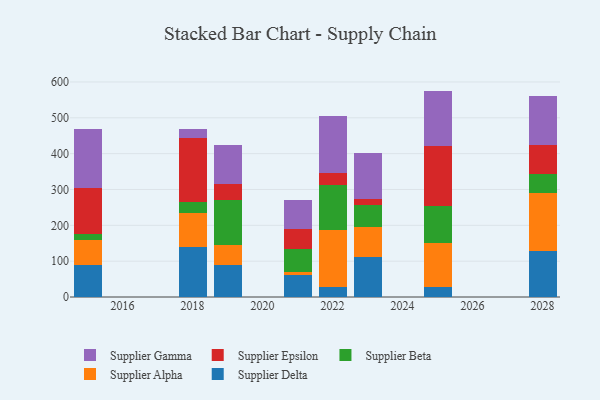
{"axis": {"x": "Year", "y": "Inventory Turnover"}, "legend": ["Supplier Alpha", "Supplier Beta", "Supplier Delta", "Supplier Epsilon", "Supplier Gamma"], "data": [{"x": "2022", "y": 26.6, "type": "Supplier Delta"}, {"x": "2022", "y": 160.8, "type": "Supplier Alpha"}, {"x": "2022", "y": 124.1, "type": "Supplier Beta"}, {"x": "2022", "y": 35.1, "type": "Supplier Epsilon"}, {"x": "2022", "y": 158.5, "type": "Supplier Gamma"}, {"x": "2025", "y": 29.1, "type": "Supplier Delta"}, {"x": "2025", "y": 122.9, "type": "Supplier Alpha"}, {"x": "2025", "y": 102.9, "type": "Supplier Beta"}, {"x": "2025", "y": 165.4, "type": "Supplier Epsilon"}, {"x": "2025", "y": 154.9, "type": "Supplier Gamma"}, {"x": "2021", "y": 61.2, "type": "Supplier Delta"}, {"x": "2021", "y": 8.1, "type": "Supplier Alpha"}, {"x": "2021", "y": 65.3, "type": "Supplier Beta"}, {"x": "2021", "y": 56.5, "type": "Supplier Epsilon"}, {"x": "2021", "y": 80.3, "type": "Supplier Gamma"}, {"x": "2028", "y": 127.5, "type": "Supplier Delta"}, {"x": "2028", "y": 162.0, "type": "Supplier Alpha"}, {"x": "2028", "y": 54.3, "type": "Supplier Beta"}, {"x": "2028", "y": 80.2, "type": "Supplier Epsilon"}, {"x": "2028", "y": 135.7, "type": "Supplier Gamma"}, {"x": "2023", "y": 111.1, "type": "Supplier Delta"}, {"x": "2023", "y": 83.5, "type": "Supplier Alpha"}, {"x": "2023", "y": 63.3, "type": "Supplier Beta"}, {"x": "2023", "y": 14.4, "type": "Supplier Epsilon"}, {"x": "2023", "y": 129.7, "type": "Supplier Gamma"}, {"x": "2018", "y": 140.2, "type": "Supplier Delta"}, {"x": "2018", "y": 95.2, "type": "Supplier Alpha"}, {"x": "2018", "y": 28.6, "type": "Supplier Beta"}, {"x": "2018", "y": 179.4, "type": "Supplier Epsilon"}, {"x": "2018", "y": 24.2, "type": "Supplier Gamma"}, {"x": "2019", "y": 88.7, "type": "Supplier Delta"}, {"x": "2019", "y": 57.0, "type": "Supplier Alpha"}, {"x": "2019", "y": 124.6, "type": "Supplier Beta"}, {"x": "2019", "y": 45.8, "type": "Supplier Epsilon"}, {"x": "2019", "y": 107.2, "type": "Supplier Gamma"}, {"x": "2015", "y": 89.6, "type": "Supplier Delta"}, {"x": "2015", "y": 69.4, "type": "Supplier Alpha"}, {"x": "2015", "y": 16.4, "type": "Supplier Beta"}, {"x": "2015", "y": 129.3, "type": "Supplier Epsilon"}, {"x": "2015", "y": 163.6, "type": "Supplier Gamma"}]}